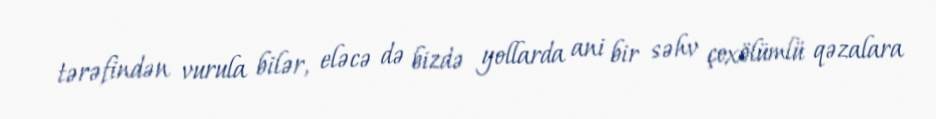
tərəfindən vurula bilər, eləcə də bizdə yollarda ani bir səhv çoxölümlü qəzalara